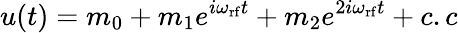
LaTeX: u(t)=m_{0}+m_{1}e^{i\omega_{\mathrm{rf}}t}+m_{2}e^{2i\omega_{\mathrm{rf}}t}+c.c